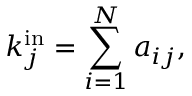
k _ { j } ^ { \mathrm { i n } } = \sum _ { i = 1 } ^ { N } a _ { i j } ,